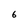
Character: 6